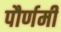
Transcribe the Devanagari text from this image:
पौर्णमी